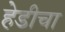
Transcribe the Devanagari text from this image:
हेडीचा